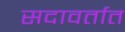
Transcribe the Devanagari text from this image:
सदावर्तात